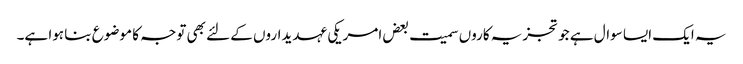
یہ ایک ایسا سوال ہے جو تجزیہ کاروں سمیت بعض امریکی عہدیداروں کے لئے بھی توجہ کا موضوع بنا ہوا ہے۔